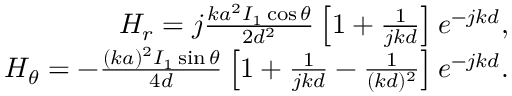
\begin{array} { r } { H _ { r } = j \frac { k a ^ { 2 } I _ { 1 } \cos { \theta } } { 2 d ^ { 2 } } \left[ 1 + \frac { 1 } { j k d } \right] e ^ { - j k d } , } \\ { H _ { \theta } = - \frac { ( k a ) ^ { 2 } I _ { 1 } \sin { \theta } } { 4 d } \left[ 1 + \frac { 1 } { j k d } - \frac { 1 } { ( k d ) ^ { 2 } } \right] e ^ { - j k d } . } \end{array}